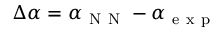
\Delta \alpha = \alpha _ { \mathrm { ~ N ~ N ~ } } - \alpha _ { \mathrm { ~ e ~ x ~ p ~ } }